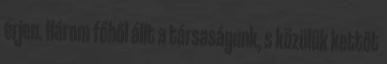
érjen. Három főből állt a társaságunk, s közülük kettőt